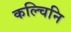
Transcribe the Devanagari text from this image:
कल्चिनि